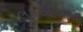
નવલકથાઓથી